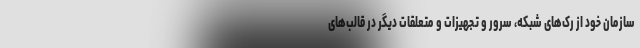
سازمان خود از رک‌های شبکه، سرور و تجهیزات و متعلقات دیگر در قالب‌های